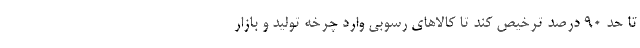
تا حد ۹۰ درصد ترخیص کند تا کالا‌های رسوبی وارد چرخه تولید و بازار